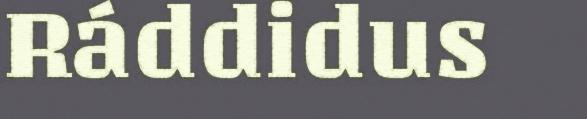
Ráddidus